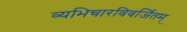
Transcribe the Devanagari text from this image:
व्यभिचारविवर्जितम्